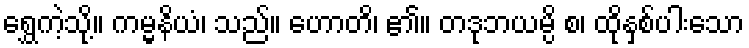
ရွှေကဲ့သို့။ ကမ္မနိယံ၊ သည်။ ဟောတိ၊ ၏။ တဒုဘယမ္ပိ စ၊ ထိုနှစ်ပါးသော